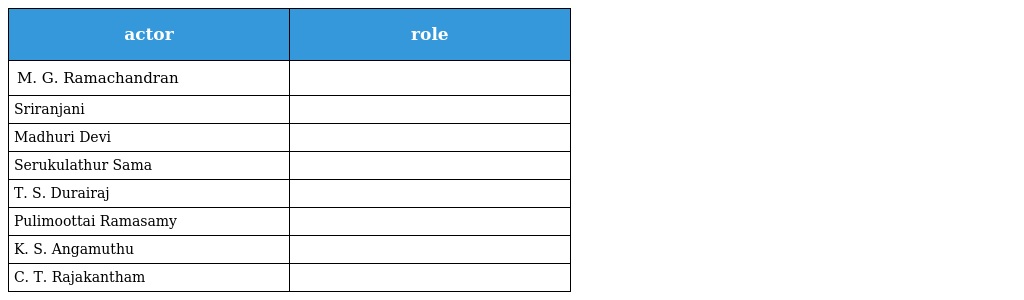
| actor | role |
 | --- | --- |
 | M. G. Ramachandran |  |
 | Sriranjani |  |
 | Madhuri Devi |  |
 | Serukulathur Sama |  |
 | T. S. Durairaj |  |
 | Pulimoottai Ramasamy |  |
 | K. S. Angamuthu |  |
 | C. T. Rajakantham |  |